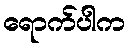
ရောက်ပါက